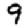
Digit: 9